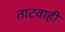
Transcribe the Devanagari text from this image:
ताटवाही